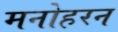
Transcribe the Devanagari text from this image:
मनोहरन